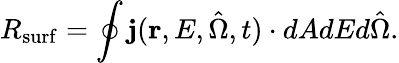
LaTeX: R_{\mathrm{surf}}=\oint\mathbf{j}(\mathbf{r},E,\hat{\Omega},t)\cdot dAdEd\hat{\Omega}.